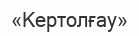
«Кертолғау»